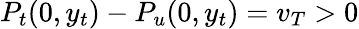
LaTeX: P_{t}(0,y_{t})-P_{u}(0,y_{t})=v_{T}>0